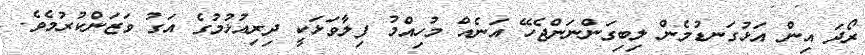
ރޯދަ އިން އަޅުގަނޑުމެން ލިބިގަންނަންޖެހޭ އަނެއް މުހިއްމު ފިލާވަޅަކީ ދިރިއުޅުމުގެ އަގު ވަޒަންކުރުމެވެ.